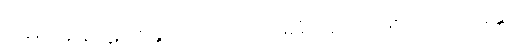
သစေ ပန န ပဋိဂ္ဂဏှန္တိ၊ အကယ်၍ကား မခံကုန်သည်ဖြစ်အံ့။ ဧဝံ သန္တေသု၊